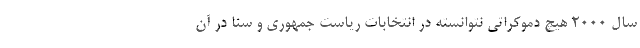
سال 2000 هیچ دموکراتی نتوانسته در انتخابات ریاست جمهوری و سنا در آن